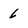
Character: 6